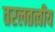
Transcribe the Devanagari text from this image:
तरलतत्वीय